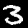
Digit: 3